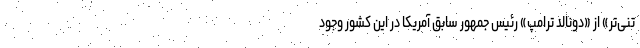
تنی‌تر» از «دونالد ترامپ» رئیس جمهور سابق آمریکا در این کشور وجود